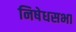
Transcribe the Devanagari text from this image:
निषेधसभा